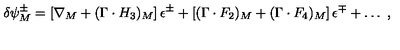
\delta \psi _ { M } ^ { \pm } = \left[ \nabla _ { M } + ( \Gamma \cdot H _ { 3 } ) _ { M } \right] \epsilon ^ { \pm } + \left[ ( \Gamma \cdot F _ { 2 } ) _ { M } + ( \Gamma \cdot F _ { 4 } ) _ { M } \right] \epsilon ^ { \mp } + \ldots \ ,